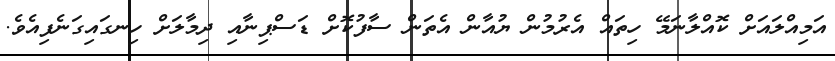
އަމިއްލައަށް ކޮއްލާނަމޭ ހިތައް އެރުމުން ޔުއާން އެތަން ސާފުކޮށް ޑަސްޕިނާއި ދިމާލަށް ހިނގައިގަނެފިއެވެ.